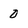
Character: 0